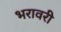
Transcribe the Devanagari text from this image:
भरावरी